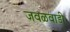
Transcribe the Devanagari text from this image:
जवळवाडी